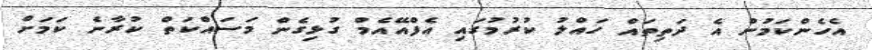
އެހެންކަމުން އެ ދަތިތައް ހައްލު ކުރުމުގައި އެފްއޭއެމް ގުޅިގެން މަސައްކަތް ކުރާނެ ކަމަށް